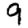
Digit: 9